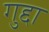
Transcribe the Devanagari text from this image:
गुद्दा